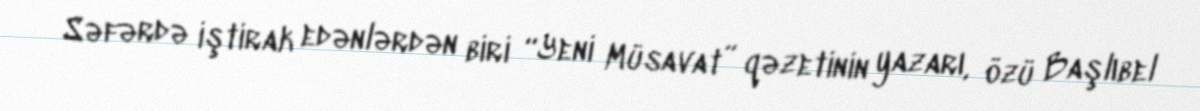
Səfərdə iştirak edənlərdən biri “Yeni Müsavat” qəzetinin yazarı, özü Başlıbel